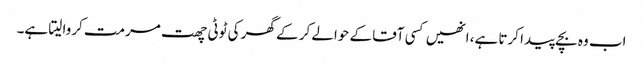
اب وہ بچے پیدا کرتا ہے، انھیں کسی آقا کے حوالے کر کے گھر کی ٹوٹی چھت مرمت کروا لیتا ہے۔